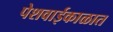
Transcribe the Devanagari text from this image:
पेशवाईकाळात